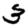
Digit: 3